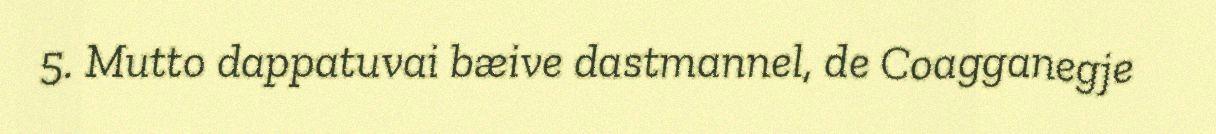
5. Mutto dappatuvai bæive dastmannel, de Coagganegje